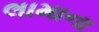
લામાના